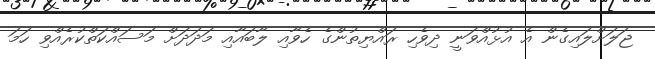
ޖަލަށްލައިގެން އެ އުޅުއްވަނީ ދިވެހި ރައްޔިތުންގެ ހެވާއި ލާބައާއި މަދަދަށް މަސައްކަތްކުރެއްވި ހަމަ